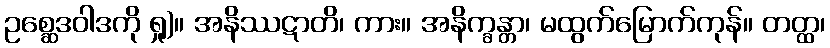
ဥစ္ဆေဒဝါဒကို ရှု)။ အနိဿဋာတိ၊ ကား။ အနိက္ခန္တာ၊ မထွက်မြောက်ကုန်။ တတ္ထ၊